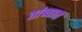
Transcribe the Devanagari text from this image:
तांब्यात